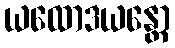
ယထောဒယန္တော